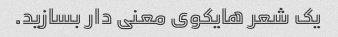
یک شعر هایکوی معنی دار بسازید.